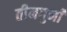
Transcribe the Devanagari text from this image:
तीनगुनी